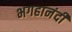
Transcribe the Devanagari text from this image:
भगहानंदी